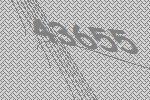
43655